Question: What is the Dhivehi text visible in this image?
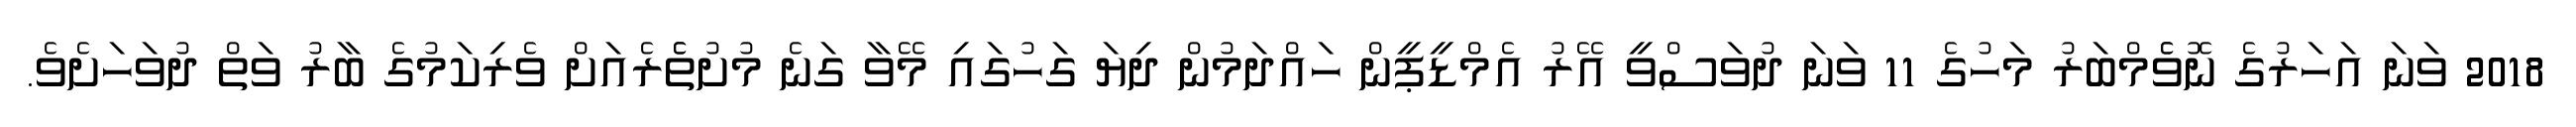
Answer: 2018 ވަނަ އަހަރުގެ ނޮވެެމްބަރު މަހުގެ 11 ވަނަ ދުވަސްވީ އޭރު އެމްޑީޕީން ހައްދަމުން ދިޔަ ގަހުގައި މޭވާ ގަނެ މުށުތެެރެއަށް ވެރިކަމުގެ ބާރު ވަތް ދުވަހަށެވެ.